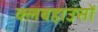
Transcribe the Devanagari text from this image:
क्लबहाउसों